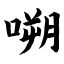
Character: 嗍